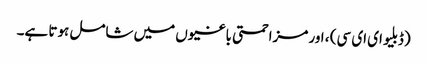
(ڈبلیو ای ای سی) ، اور مزاحمتی باغیوں میں شامل ہوتا ہے۔